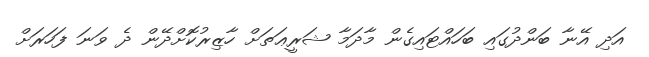
އަދި އޭނާ ބަންދުގައި ބަހައްޓައިގެން މާދަމާ ޝަރީޢަތަށް ހާޒިރުކޮށްދޭން ދެ ވަނަ ފަހަރަށް